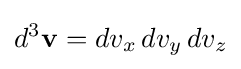
d^{3}\mathbf {v} =dv_{x}\,dv_{y}\,dv_{z}